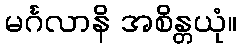
မင်္ဂလာနိ အစိန္တယုံ။